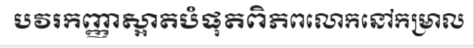
បវរកញ្ញាស្អាតបំផុតពិភពលោកនៅកម្រាល